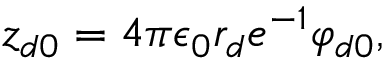
z _ { d 0 } = 4 \pi \epsilon _ { 0 } r _ { d } e ^ { - 1 } \varphi _ { d 0 } ,